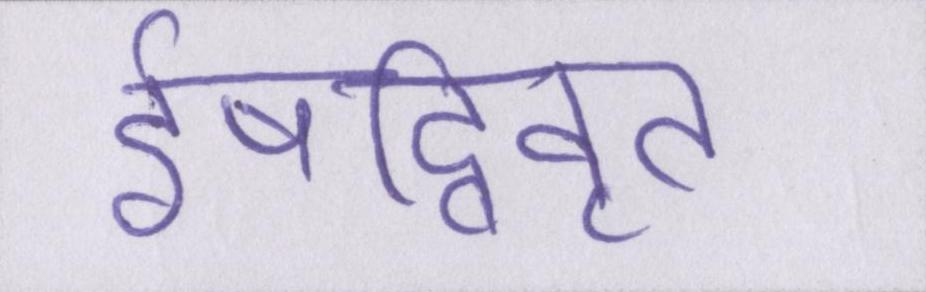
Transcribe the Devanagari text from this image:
ईषद्विवृत